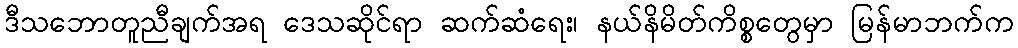
ဒီသဘောတူညီချက်အရ ဒေသဆိုင်ရာ ဆက်ဆံရေး၊ နယ်နိမိတ်ကိစ္စတွေမှာ မြန်မာဘက်က